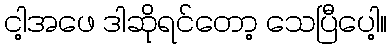
ငါ့အဖေ ဒါဆိုရင်တော့ သေပြီပေါ့။